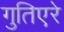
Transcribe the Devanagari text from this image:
गुतिएरे